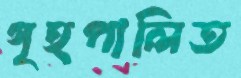
গৃহপালিত